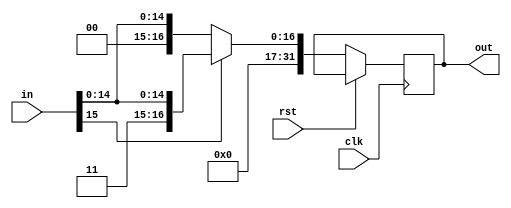
`timescale 1ns / 1ps
//////////////////////////////////////////////////////////////////////////////////
// Company: 
// Engineer: 
// 
// Design Name: 
// Module Name: signExtend
// Project Name: MIPS (Single cycle processor)
// Target Devices: 
// Tool Versions: 
// Description: 
// 
// Dependencies: 
// 
// Revision:
// Revision 0.01 - File Created
// Additional Comments:
// 
//////////////////////////////////////////////////////////////////////////////////
//SIGN EXTEND
module signExtend(
    input clk,
    input rst,
    input [15:0] in, 
    output reg [31:0] out
);

    always@(posedge clk)
    if (rst)
        begin
        end
    
    else
        begin
            if (in[15]==1)
            begin
                out <= {16'd1 , in};
            end
            else
            begin
                out <= {16'd0 , in};
            end
        end

endmodule